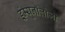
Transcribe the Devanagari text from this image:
इंम्यूनॉलोजी